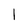
Character: 1